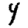
Digit: 4